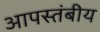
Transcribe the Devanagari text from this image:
आपस्तंबीय